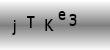
Text: jTKe3